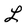
Character: L